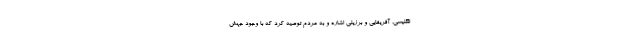
انگلیسی، آفریقایی و برزیلی اشاره و به مردم توصیه کرد که با وجود جهش